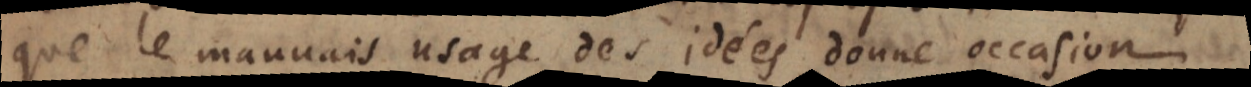
que le mauvais usage des idées donne occasion